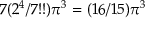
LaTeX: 7 ( 2 ^ { 4 } / 7 ! ! ) \pi ^ { 3 } = ( 1 6 / 1 5 ) \pi ^ { 3 }